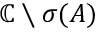
\mathbb { C } \setminus \sigma ( A )